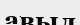
авыл